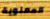
المعنوية